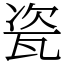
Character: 瓷